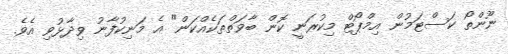
ނޫންތޯ ކަސްޓަމުން އިމްޕޯޓް މިކުރަނީ ކޮން ބާވަތްތަކެއްކަން" އެ މަނިކުފާނު ވިދާޅުވި އެވެ.